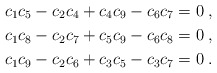
\begin{align*} & c_1 c_5 -c_2 c_4 + c_4 c_9 -c_6 c_7 =0\;, \\ & c_1 c_8 -c_2 c_7 + c_5 c_9 -c_6 c_8 =0\;, \\ & c_1 c_9 -c_2 c_6 + c_3 c_5 -c_3 c_7 =0\;. \end{align*}